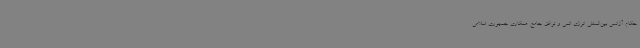
حکام آژانس بین‌المللی انرژی اتمی و توافق جامع همکاری جمهوری اسلامی